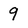
Character: 9